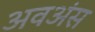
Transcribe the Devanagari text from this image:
अवअंस